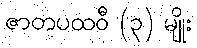
ဇာတပထဝီ (၃) မျိုး